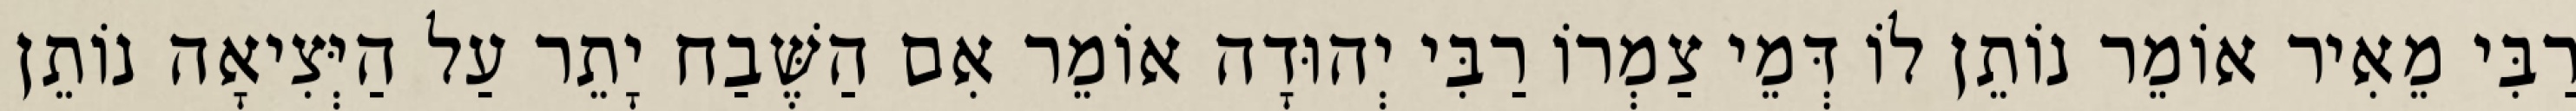
רַבִּי מֵאִיר אוֹמֵר נוֹתֵן לוֹ דְּמֵי צַמְרוֹ רַבִּי יְהוּדָה אוֹמֵר אִם הַשֶּׁבַח יָתֵר עַל הַיְּצִיאָה נוֹתֵן